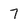
Character: 7